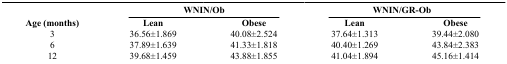
<table><thead><tr><td><b> </b></td><td colspan="2"><b>WNIN/Ob</b></td><td colspan="2"><b>WNIN/GR-Ob</b></td></tr><tr><td><b>Age (months)</b></td><td><b>Lean</b></td><td><b>Obese</b></td><td><b>Lean</b></td><td><b>Obese</b></td></tr></thead><tbody><tr><td>3</td><td>36.56±1.869</td><td>40.08±2.524</td><td>37.64±1.313</td><td>39.44±2.080</td></tr><tr><td>6</td><td>37.89±1.639</td><td>41.33±1.818</td><td>40.40±1.269</td><td>43.84±2.383</td></tr><tr><td>12</td><td>39.68±1.459</td><td>43.88±1.855</td><td>41.04±1.894</td><td>45.16±1.414</td></tr></tbody></table>